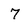
Character: 7